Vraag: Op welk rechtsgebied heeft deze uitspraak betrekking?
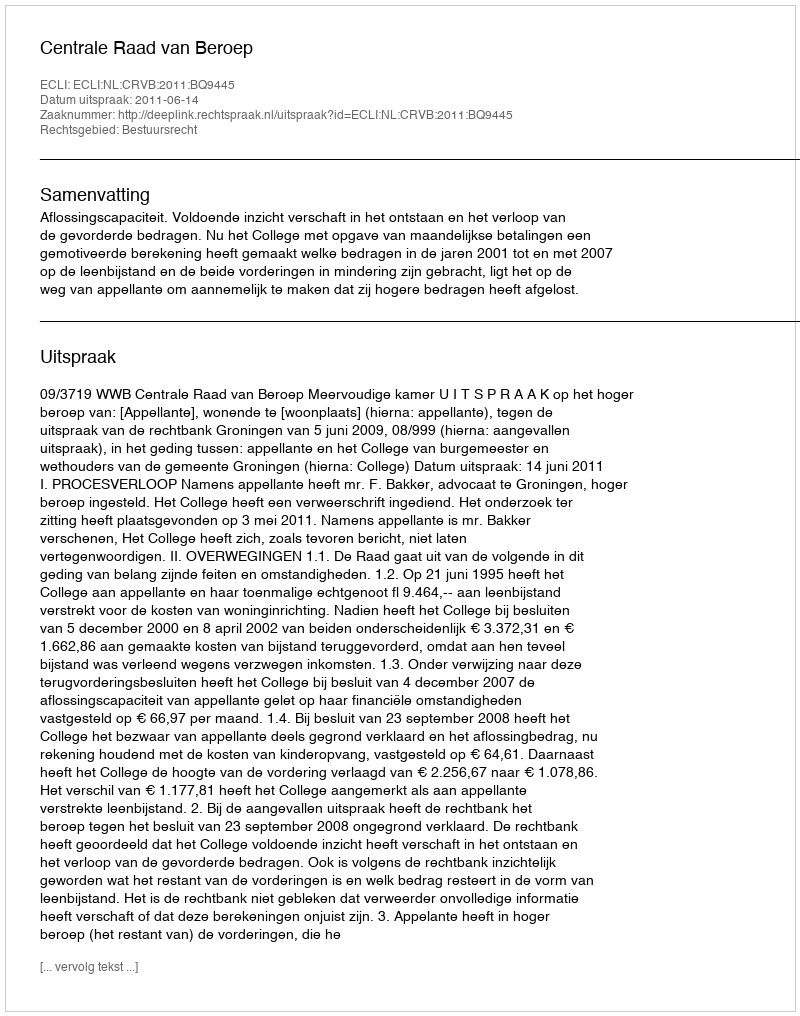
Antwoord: Bestuursrecht